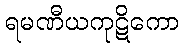
ရမဏီယကုဋိကော